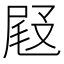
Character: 𡲋